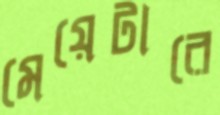
মেয়েটারে